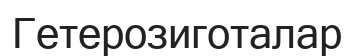
Гетерозиготалар